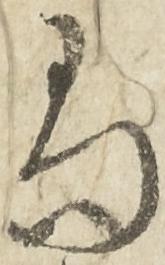
尚